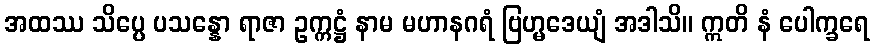
အထဿ သိပ္ပေ ပသန္နော ရာဇာ ဥက္ကဋ္ဌံ နာမ မဟာနဂရံ ဗြဟ္မဒေယျံ အဒါသိ။ ဣတိ နံ ပေါက္ခရေ